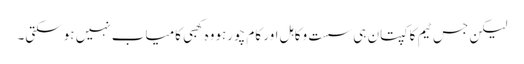
لیکن جس ٹیم کا کپتان ہی سست وکاہل اور کام چورہووہ کھبی کامیاب نہیں ہوسکتی۔